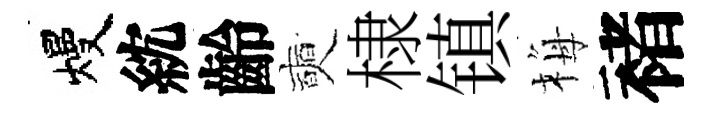
熳紞齡奭棣镇梅褚